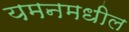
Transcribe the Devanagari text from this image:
यमनमधील